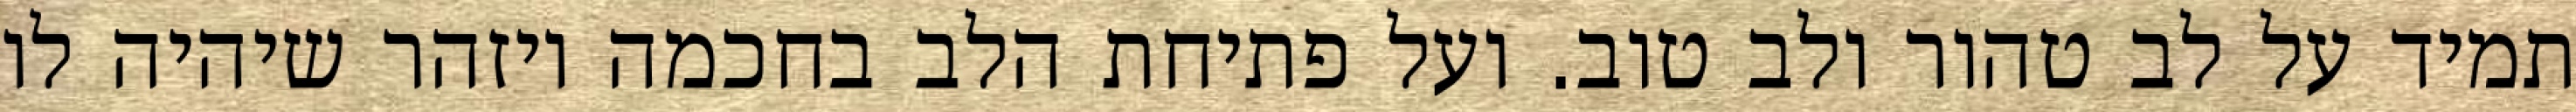
תמיד על לב טהור ולב טוב. ועל פתיחת הלב בחכמה ויזהר שיהיה לו